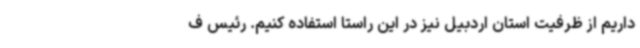
داریم از ظرفیت استان اردبیل نیز در این راستا استفاده کنیم. رئیس ف